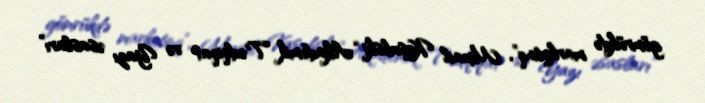
gömrükdə marketinq”, Mixail Kaşubski “Akademik Tədqiqat və Yazı əsasları”